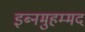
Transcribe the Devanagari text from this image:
इब्नमुहम्मद